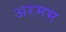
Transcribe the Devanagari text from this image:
अरमभ